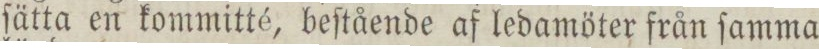
ſätta en kommitté, beſtående af ledamöter från ſamma